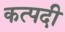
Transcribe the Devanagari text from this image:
कत्पदी